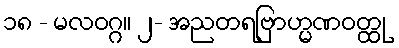
၁၈ - မလဝဂ္ဂ။ ၂- အညတရဗြာဟ္မဏဝတ္ထု